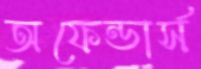
অফেন্ডার্স